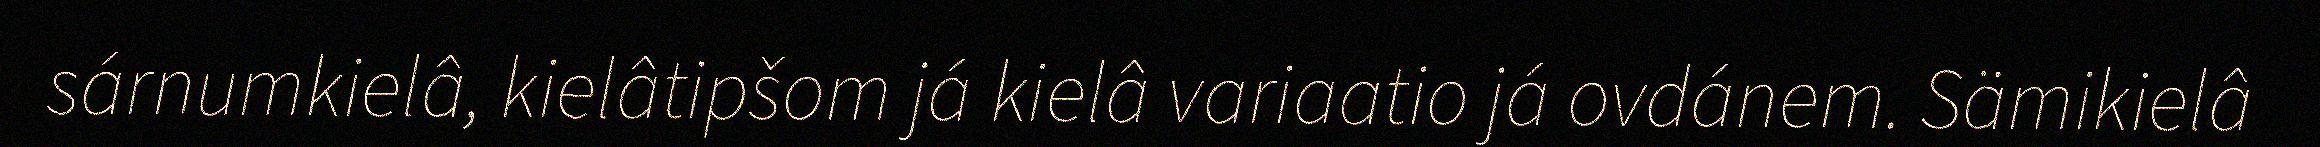
sárnumkielâ, kielâtipšom já kielâ variaatio já ovdánem. Sämikielâ